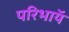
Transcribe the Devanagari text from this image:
परिभाॅय